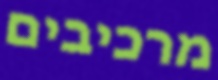
מרכיבים